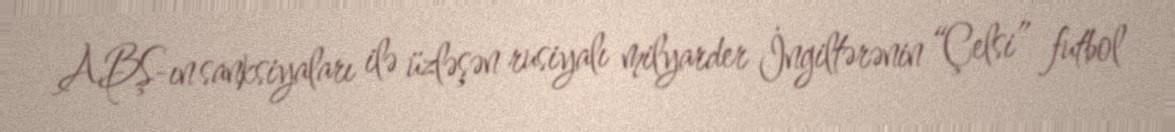
ABŞ-ın sanksiyaları ilə üzləşən rusiyalı milyarder İngiltərənin “Çelsi” futbol